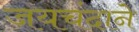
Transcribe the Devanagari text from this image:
जयचंदाने